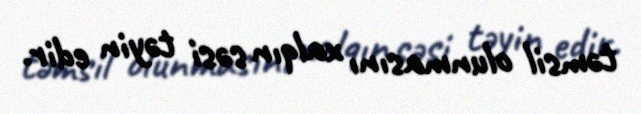
təmsil olunmasını xalqın səsi təyin edir.